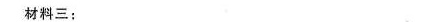
材料三;